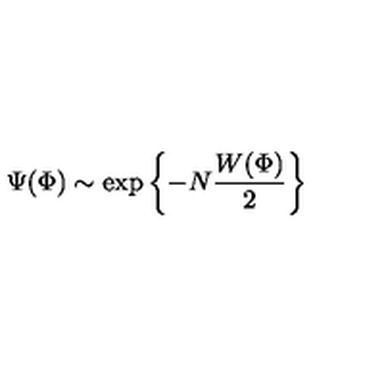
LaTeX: \Psi ( \Phi ) \sim \exp \left\{ - N \frac { W ( \Phi ) } { 2 } \right\}